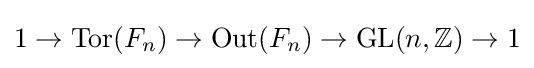
1\to \mathrm {Tor} (F_{n})\to \mathrm {Out} (F_{n})\to \mathrm {GL} (n,\mathbb {Z} )\to 1